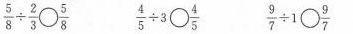
$$\frac { 5 } { 8 } \div \frac { 2 }